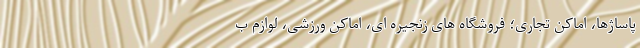
پاساژها، اماکن تجاری؛ فروشگاه های زنجیره ای، اماکن ورزشی، لوازم ب